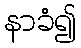
နာခံ၍